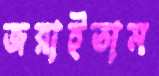
জরাইতাম